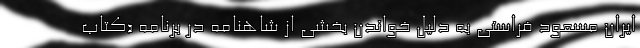
ایران مسعود فراستی به دلیل خواندن بخشی از شاهنامه در برنامه «کتاب